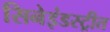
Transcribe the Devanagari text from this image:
सिनेइंडस्ट्रीत